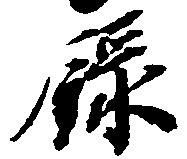
録